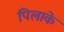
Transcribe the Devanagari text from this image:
पिलाके